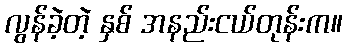
လွန်ခဲ့တဲ့ နှစ် အနည်းငယ်တုန်းက။